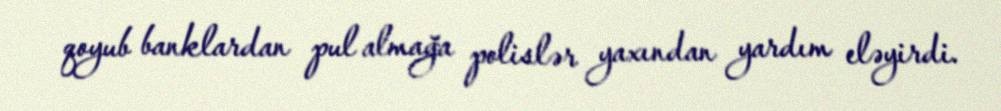
qoyub banklardan pul almağa polislər yaxından yardım eləyirdi.